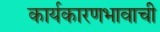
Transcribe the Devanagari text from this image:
कार्यकारणभावाची